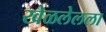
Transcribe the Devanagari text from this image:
खेळलेलला